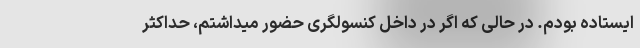
ایستاده بودم. در حالی که اگر در داخل کنسولگری حضور میداشتم، حداکثر